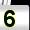
Digit: 5